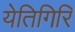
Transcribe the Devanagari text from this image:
येतिगिरि